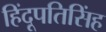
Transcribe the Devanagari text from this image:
हिंदूपतिसिंह